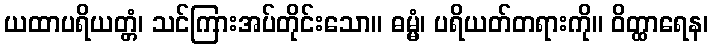
ယထာပရိယတ္တံ၊ သင်ကြားအပ်တိုင်းသော။ ဓမ္မံ၊ ပရိယတ်တရားကို။ ဝိတ္ထာရေန၊